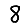
Digit: 8